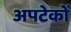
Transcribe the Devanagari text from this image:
अपटेकों